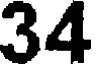
34